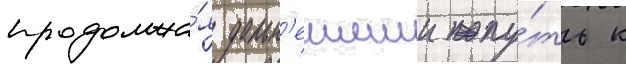
продолжа́я дальн'еишии пу́ть к